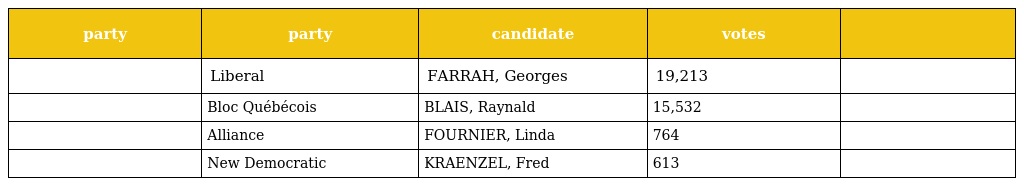
| party | party | candidate | votes |  |
 | --- | --- | --- | --- | --- |
 |  | Liberal | FARRAH, Georges | 19,213 |  |
 |  | Bloc Québécois | BLAIS, Raynald | 15,532 |  |
 |  | Alliance | FOURNIER, Linda | 764 |  |
 |  | New Democratic | KRAENZEL, Fred | 613 |  |